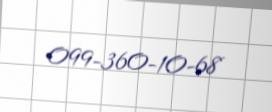
099-360-10-68